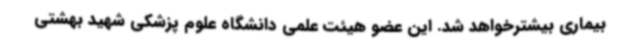
بیماری بیشترخواهد شد. این عضو هیئت علمی دانشگاه علوم پزشکی شهید بهشتی